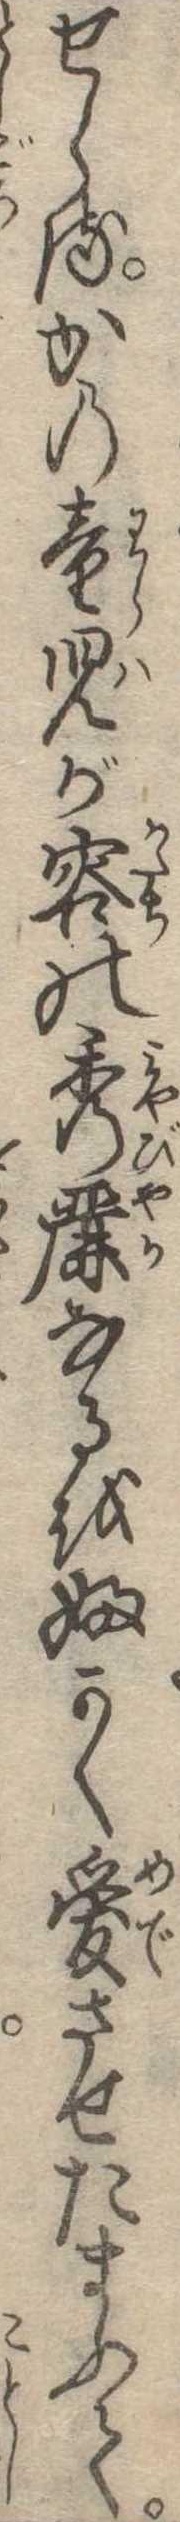
せらるかの童児が容の秀麗なるをふかく愛させたまふて